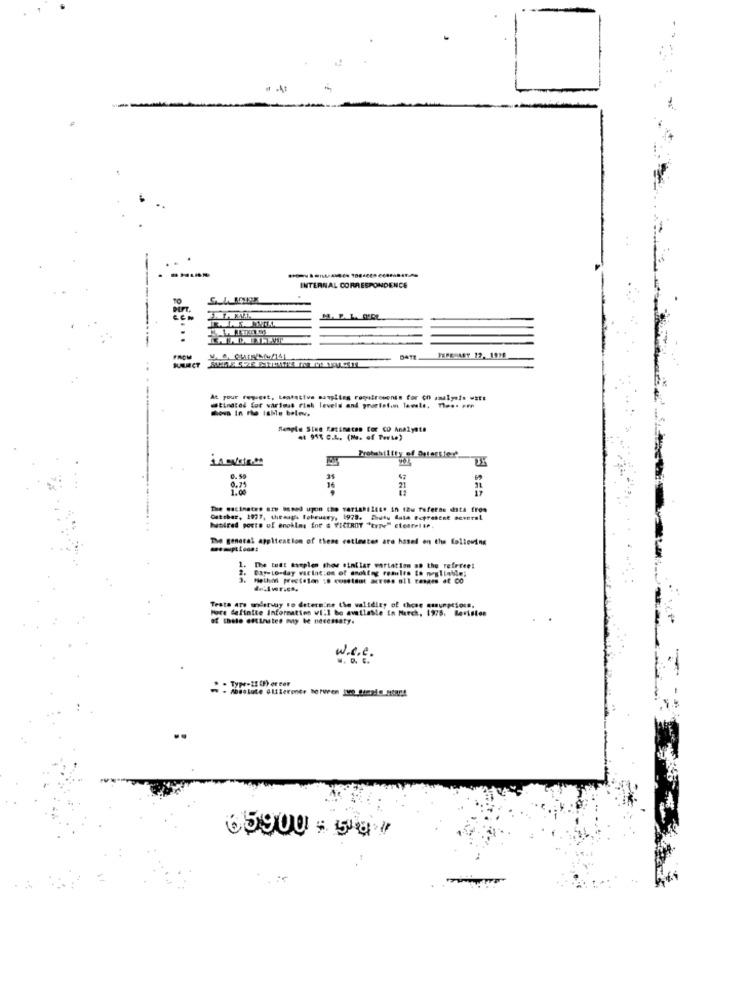
INTERNAL CORRESPONDENCE
...
FROM
At your request, Leatative sampling ramiroments for ch smalyes =st:
@tinated for various Fish levels and preciofim lawsle. Thes. em
mou in the table bolov.
Sample Siun Katinates for CO Analyste
at 91% C.L. (Ma. of Perte)
Protability of_Deterster
3
1.00
16
21
The escinstro are oused upon the variahilite in thu Teferae data from
Cattbar, 1977, themagh Tobruary, 1973. Peutu data Ecpresent several
hundred posts of enoklar for & VICEROY "type" elesrette.
The general application of these rotinates are hasel en the following
1.
Day- LO-day var lat:om of dooktog remles [o meglioble;
The tunt mamplen show similar variation on the referee!
Testa are olarway to determine the validity of those cmunptions,
Fore definite Information will be available in March, 1975. Beviston
of thele estimates muy be necessary.
w.e.e .
. . Type-21 CH) er cor
65900 :587